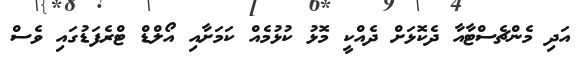
އަދި މެންޗެސްޓާއާ ދެކޮޅަށް ދެއްކީ މޮޅު ކުޅުމެއް ކަމަށާއި އޯލްޑް ޓްރެފަޑުގައި ވެސް